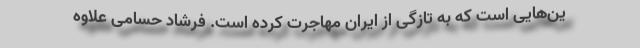
ین‌هایی است که به تازگی از ایران مهاجرت کرده است. فرشاد حسامی علاوه